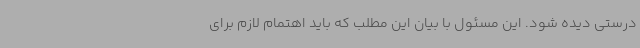
درستی دیده شود. این مسئول با بیان این مطلب که باید اهتمام لازم برای